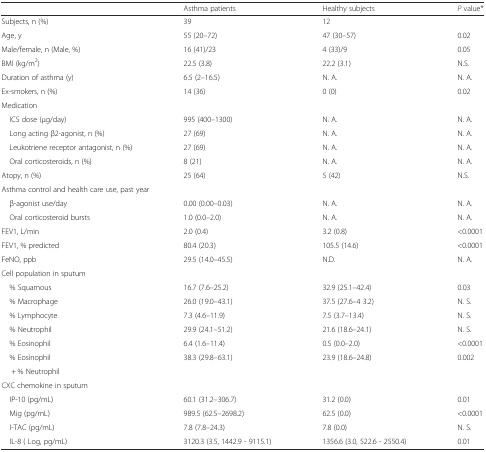
<table><thead><tr><td></td><td><b>Asthma patients</b></td><td><b>Healthy subjects</b></td><td><b><i>P</i> value*</b></td></tr></thead><tbody><tr><td>Subjects, n (%)</td><td>39</td><td>12</td><td></td></tr><tr><td>Age, y</td><td>55 (20–72)</td><td>47 (30–57)</td><td>0.02</td></tr><tr><td>Male/female, n (Male, %)</td><td>16 (41)/23</td><td>4 (33)/9</td><td>0.05</td></tr><tr><td>BMI (kg/m<sup>2</sup>)</td><td>22.5 (3.8)</td><td>22.2 (3.1)</td><td>N.S.</td></tr><tr><td>Duration of asthma (y)</td><td>6.5 (2–16.5)</td><td>N. A.</td><td>N. A.</td></tr><tr><td>Ex-smokers, n (%)</td><td>14 (36)</td><td>0 (0)</td><td>0.02</td></tr><tr><td colspan="4">Medication</td></tr><tr><td> ICS dose (μg/day)</td><td>995 (400–1300)</td><td>N. A.</td><td>N. A.</td></tr><tr><td> Long acting β2-agonist, n (%)</td><td>27 (69)</td><td>N. A.</td><td>N. A.</td></tr><tr><td> Leukotriene receptor antagonist, n (%)</td><td>27 (69)</td><td>N. A.</td><td>N. A.</td></tr><tr><td> Oral corticosteroids, n (%)</td><td>8 (21)</td><td>N. A.</td><td>N. A.</td></tr><tr><td>Atopy, n (%)</td><td>25 (64)</td><td>5 (42)</td><td>N.S.</td></tr><tr><td colspan="4">Asthma control and health care use, past year</td></tr><tr><td> β-agonist use/day</td><td>0.00 (0.00–0.03)</td><td>N. A.</td><td>N. A.</td></tr><tr><td> Oral corticosteroid bursts</td><td>1.0 (0.0–2.0)</td><td>N. A.</td><td>N. A.</td></tr><tr><td>FEV1, L/min</td><td>2.0 (0.4)</td><td>3.2 (0.8)</td><td>&lt;0.0001</td></tr><tr><td>FEV1, % predicted</td><td>80.4 (20.3)</td><td>105.5 (14.6)</td><td>&lt;0.0001</td></tr><tr><td>FeNO, ppb</td><td>29.5 (14.0–45.5)</td><td>N.D.</td><td>N. A.</td></tr><tr><td colspan="4">Cell population in sputum</td></tr><tr><td> % Squamous</td><td>16.7 (7.6–25.2)</td><td>32.9 (25.1–42.4)</td><td>0.03</td></tr><tr><td> % Macrophage</td><td>26.0 (19.0–43.1)</td><td>37.5 (27.6–4 3.2)</td><td>N. S.</td></tr><tr><td> % Lymphocyte</td><td>7.3 (4.6–11.9)</td><td>7.5 (3.7–13.4)</td><td>N. S.</td></tr><tr><td> % Neutrophil</td><td>29.9 (24.1–51.2)</td><td>21.6 (18.6–24.1)</td><td>N. S.</td></tr><tr><td> % Eosinophil</td><td>6.4 (1.6–11.4)</td><td>0.5 (0.0–2.0)</td><td>&lt;0.0001</td></tr><tr><td> % Eosinophil</td><td rowspan="2">38.3 (29.8–63.1)</td><td rowspan="2">23.9 (18.6–24.8)</td><td rowspan="2">0.002</td></tr><tr><td>+ % Neutrophil</td></tr><tr><td colspan="4">CXC chemokine in sputum</td></tr><tr><td> IP-10 (pg/mL)</td><td>60.1 (31.2–306.7)</td><td>31.2 (0.0)</td><td>0.01</td></tr><tr><td> Mig (pg/mL)</td><td>989.5 (62.5–2698.2)</td><td>62.5 (0.0)</td><td>&lt;0.0001</td></tr><tr><td> I-TAC (pg/mL)</td><td>7.8 (7.8–24.3)</td><td>7.8 (0.0)</td><td>N. S.</td></tr><tr><td> IL-8 ( Log, pg/mL)</td><td>3120.3 (3.5, 1442.9 - 9115.1)</td><td>1356.6 (3.0, 522.6 - 2550.4)</td><td>0.01</td></tr></tbody></table>